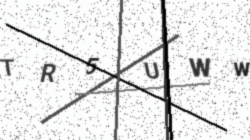
Text: TR5UWW